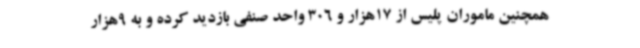
همچنین ماموران پلیس از 17هزار و 306 واحد صنفی بازدید کرده و به 9هزار